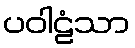
ပဝါဠံသာ